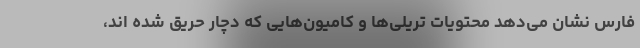
فارس نشان می‌دهد محتویات تریلی‌ها و کامیون‌هایی که دچار حریق شده اند،